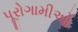
પૂરોગામીઓ